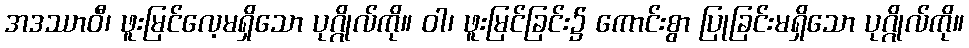
အဒဿာဝီ၊ ဖူးမြင်လေ့မရှိသော ပုဂ္ဂိုလ်ကို။ ဝါ၊ ဖူးမြင်ခြင်း၌ ကောင်းစွာ ပြုခြင်းမရှိသော ပုဂ္ဂိုလ်ကို။